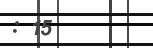
: 15